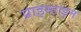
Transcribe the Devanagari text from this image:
प्राइम्टाइम